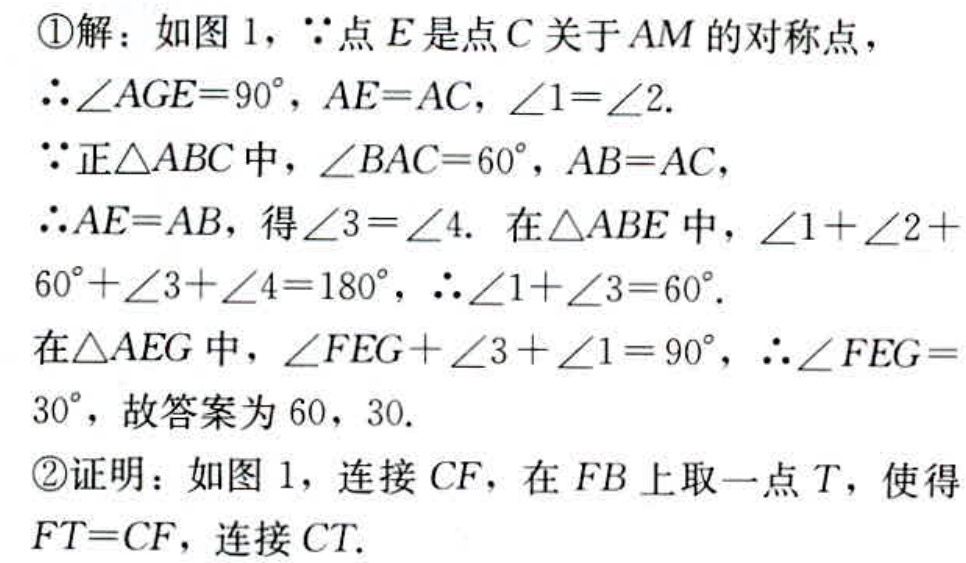
\textcircled{1}解：如图 1，$\because$点$E$是点$C$关于$AM$的对称点，
$\therefore\angle AGE = 90^{\circ}$，$AE = AC$，$\angle1=\angle2$.
$\because$正$\triangle ABC$中，$\angle BAC = 60^{\circ}$，$AB = AC$，
$\therefore AE = AB$，得$\angle3=\angle4$. 在$\triangle ABE$中，$\angle1+\angle2 + 60^{\circ}+\angle3+\angle4 = 180^{\circ}$，$\therefore\angle1+\angle3 = 60^{\circ}$.
在$\triangle AEG$中，$\angle FEG+\angle3+\angle1 = 90^{\circ}$，$\therefore\angle FEG = 30^{\circ}$，故答案为$60$，$30$.
\textcircled{2}证明：如图 1，连接$CF$，在$FB$上取一点$T$，使得$FT = CF$，连接$CT$.